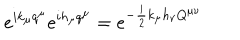
e ^ { i k _ { \mu } q ^ { \mu } } e ^ { i h _ { \mu } q ^ { \mu } } = e ^ { - \frac { i } { 2 } k _ { \mu } h _ { \nu } Q ^ { \mu \nu } }